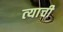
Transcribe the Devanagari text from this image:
त्‍याची